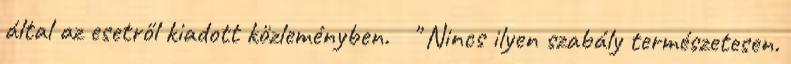
által az esetről kiadott közleményben. " Nincs ilyen szabály természetesen.